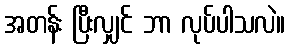
အတန်း ပြီးလျှင် ဘာ လုပ်ပါသလဲ။